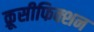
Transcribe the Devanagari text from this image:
क्रूसीफिक्शन